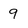
Character: 9